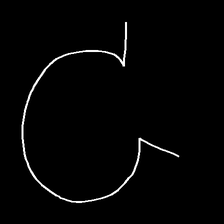
Glyph: weave